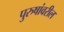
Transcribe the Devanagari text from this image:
पुरुषांवरील